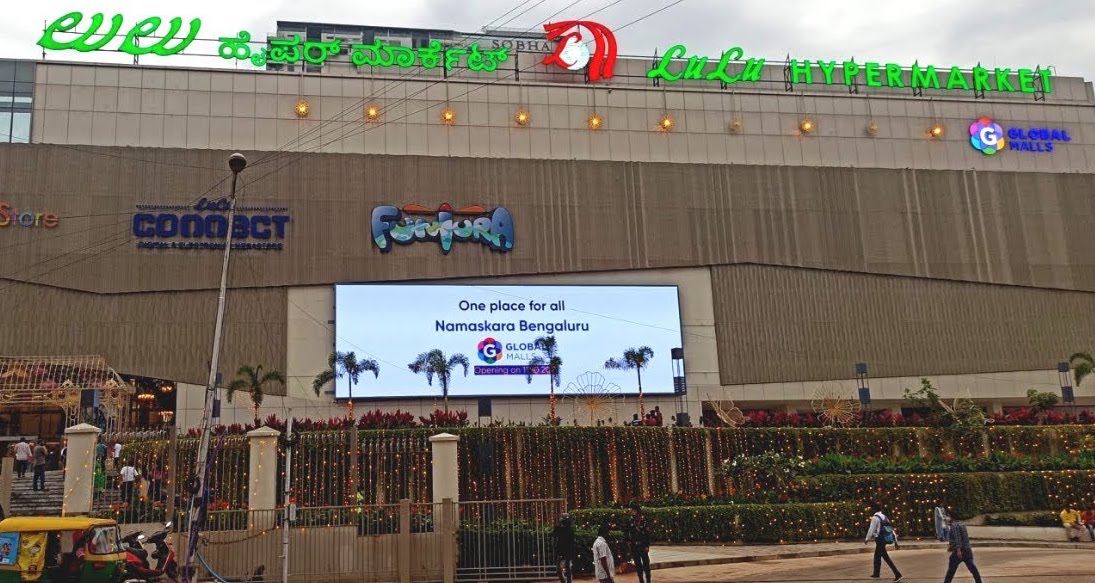
Language: kannada
Transcription: ಹೈಪರ್ ಮಾರ್ಕೆಟ್